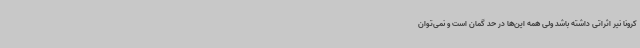
کرونا نیر اثراتی داشته باشد ولی همه این‌ها در حد گمان است و نمی‌توان